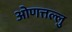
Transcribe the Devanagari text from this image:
ओणत्तल्लु